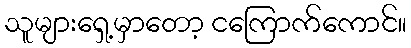
သူများရှေ့မှာတော့ ငကြောက်ကောင်။